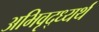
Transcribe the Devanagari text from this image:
अभिवृद्ध्यर्थ